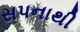
સપનાથી